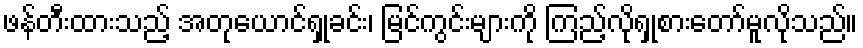
ဖန်တီးထားသည့် အတုယောင်ရှုခင်း၊ မြင်ကွင်းများကို ကြည့်လိုရှုစားတော်မူလိုသည်။